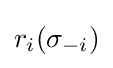
r_{i}(\sigma _{-i})